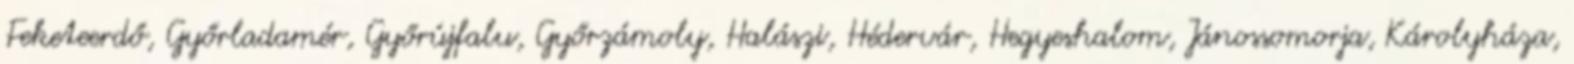
Feketeerdő, Győrladamér, Győrújfalu, Győrzámoly, Halászi, Hédervár, Hegyeshalom, Jánossomorja, Károlyháza,